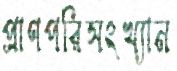
প্রাণপরিসংখ্যান